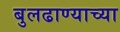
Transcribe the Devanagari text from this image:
बुलढाण्याच्या